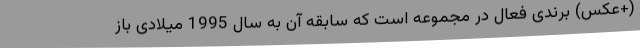
(+عکس) برندی فعال در مجموعه است که سابقه آن به سال 1995 میلادی باز